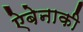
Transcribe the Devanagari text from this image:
ऐबेनाकी